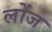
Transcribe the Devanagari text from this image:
लोंज